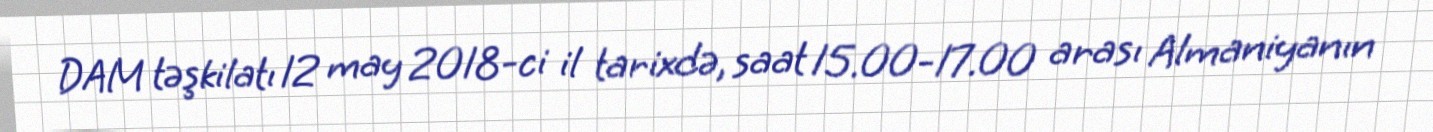
DAM təşkilatı 12 may 2018-ci il tarixdə, saat 15.00-17.00 arası Almaniyanın